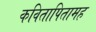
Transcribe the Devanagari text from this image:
कवितापितामह